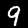
Label: 9